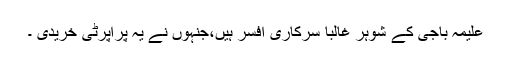
علیمہ باجی کے شوہر غالبا سرکاری افسر ہیں،جنہوں نے یہ پراپرٹی خریدی ۔